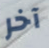
آخر